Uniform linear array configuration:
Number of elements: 4
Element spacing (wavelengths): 0.25
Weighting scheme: cosine
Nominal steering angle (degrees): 60
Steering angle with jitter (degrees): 60.903
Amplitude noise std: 0.05
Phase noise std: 0.05

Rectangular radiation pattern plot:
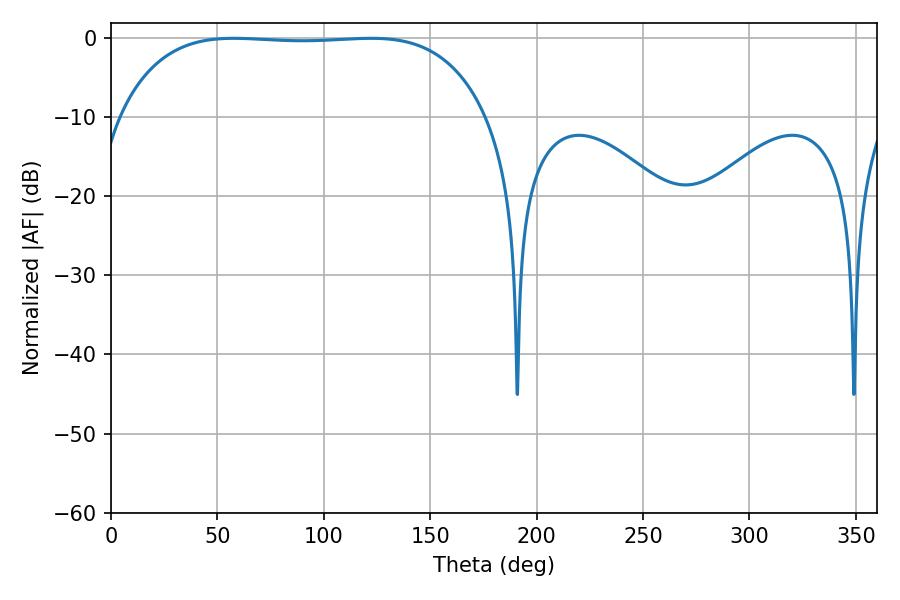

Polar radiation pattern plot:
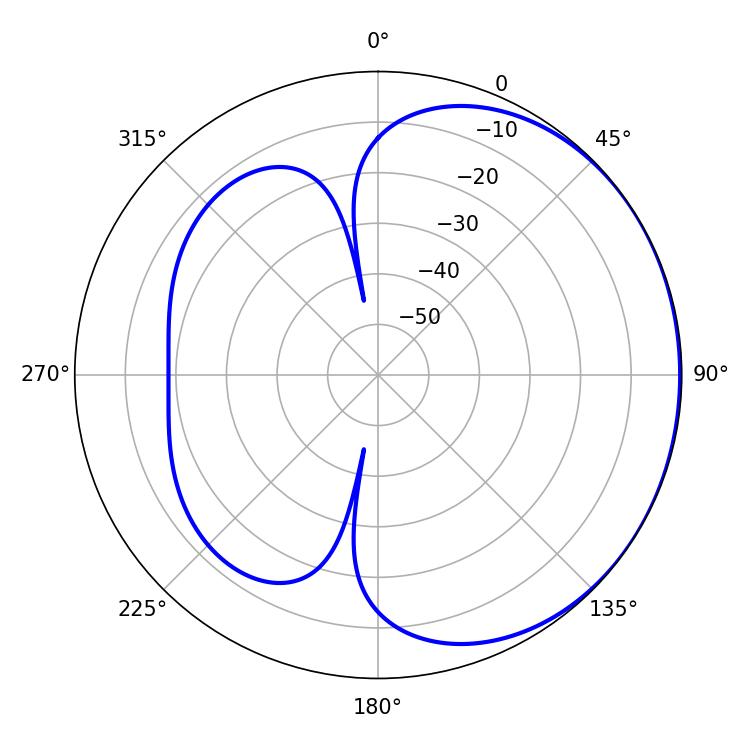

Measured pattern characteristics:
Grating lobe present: FALSE
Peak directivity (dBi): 0.7277
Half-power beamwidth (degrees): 135.36
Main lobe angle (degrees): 57.78